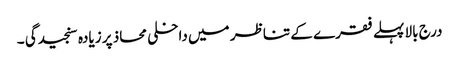
درج بالا پہلے فقرے کے تناظر میں داخلی محاذ پر زیادہ سنجیدگی ۔